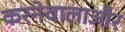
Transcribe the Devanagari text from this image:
करनेवालाऔर